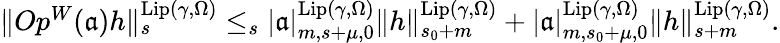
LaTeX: \begin{array}{r}{\rVert Op^{W}(\mathfrak{a})h\rVert_{s}^{\mathrm{Lip}(\gamma,\Omega)}\le_{s}|\mathfrak{a}|_{m,{s+\mu},0}^{\mathrm{Lip}(\gamma,\Omega)}\rVert h\rVert_{s_{0}+m}^{\mathrm{Lip}(\gamma,\Omega)}+|\mathfrak{a}|_{m,{s_{0}+\mu},0}^{\mathrm{Lip}(\gamma,\Omega)}\rVert h\rVert_{{s+m}}^{\mathrm{Lip}(\gamma,\Omega)}.}\end{array}